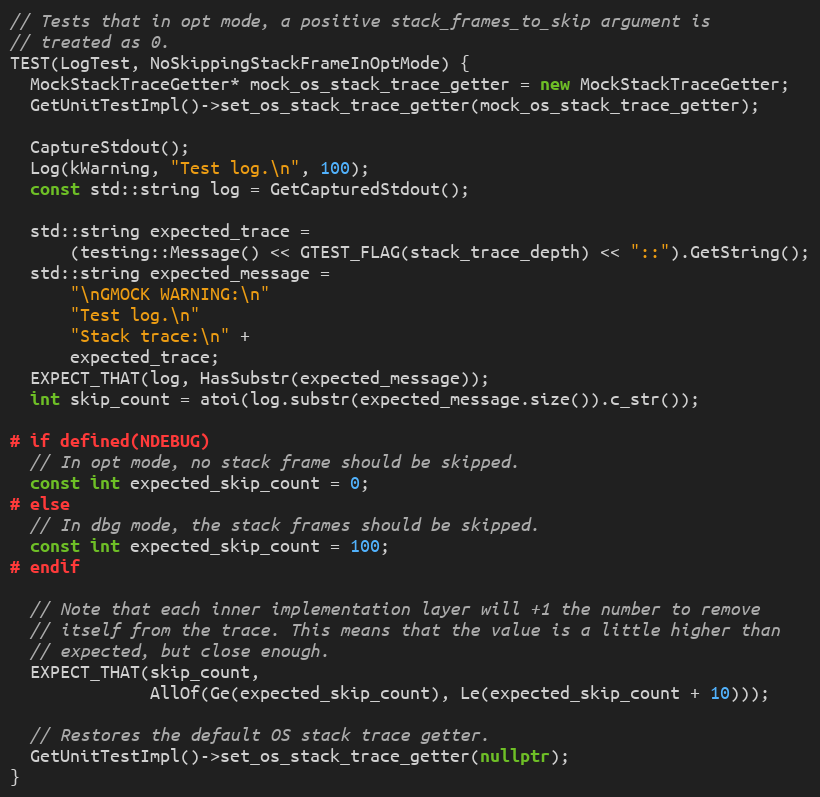
Language: C++
// Tests that in opt mode, a positive stack_frames_to_skip argument is
// treated as 0.
TEST(LogTest, NoSkippingStackFrameInOptMode) {
  MockStackTraceGetter* mock_os_stack_trace_getter = new MockStackTraceGetter;
  GetUnitTestImpl()->set_os_stack_trace_getter(mock_os_stack_trace_getter);

  CaptureStdout();
  Log(kWarning, "Test log.\n", 100);
  const std::string log = GetCapturedStdout();

  std::string expected_trace =
      (testing::Message() << GTEST_FLAG(stack_trace_depth) << "::").GetString();
  std::string expected_message =
      "\nGMOCK WARNING:\n"
      "Test log.\n"
      "Stack trace:\n" +
      expected_trace;
  EXPECT_THAT(log, HasSubstr(expected_message));
  int skip_count = atoi(log.substr(expected_message.size()).c_str());

# if defined(NDEBUG)
  // In opt mode, no stack frame should be skipped.
  const int expected_skip_count = 0;
# else
  // In dbg mode, the stack frames should be skipped.
  const int expected_skip_count = 100;
# endif

  // Note that each inner implementation layer will +1 the number to remove
  // itself from the trace. This means that the value is a little higher than
  // expected, but close enough.
  EXPECT_THAT(skip_count,
              AllOf(Ge(expected_skip_count), Le(expected_skip_count + 10)));

  // Restores the default OS stack trace getter.
  GetUnitTestImpl()->set_os_stack_trace_getter(nullptr);
}